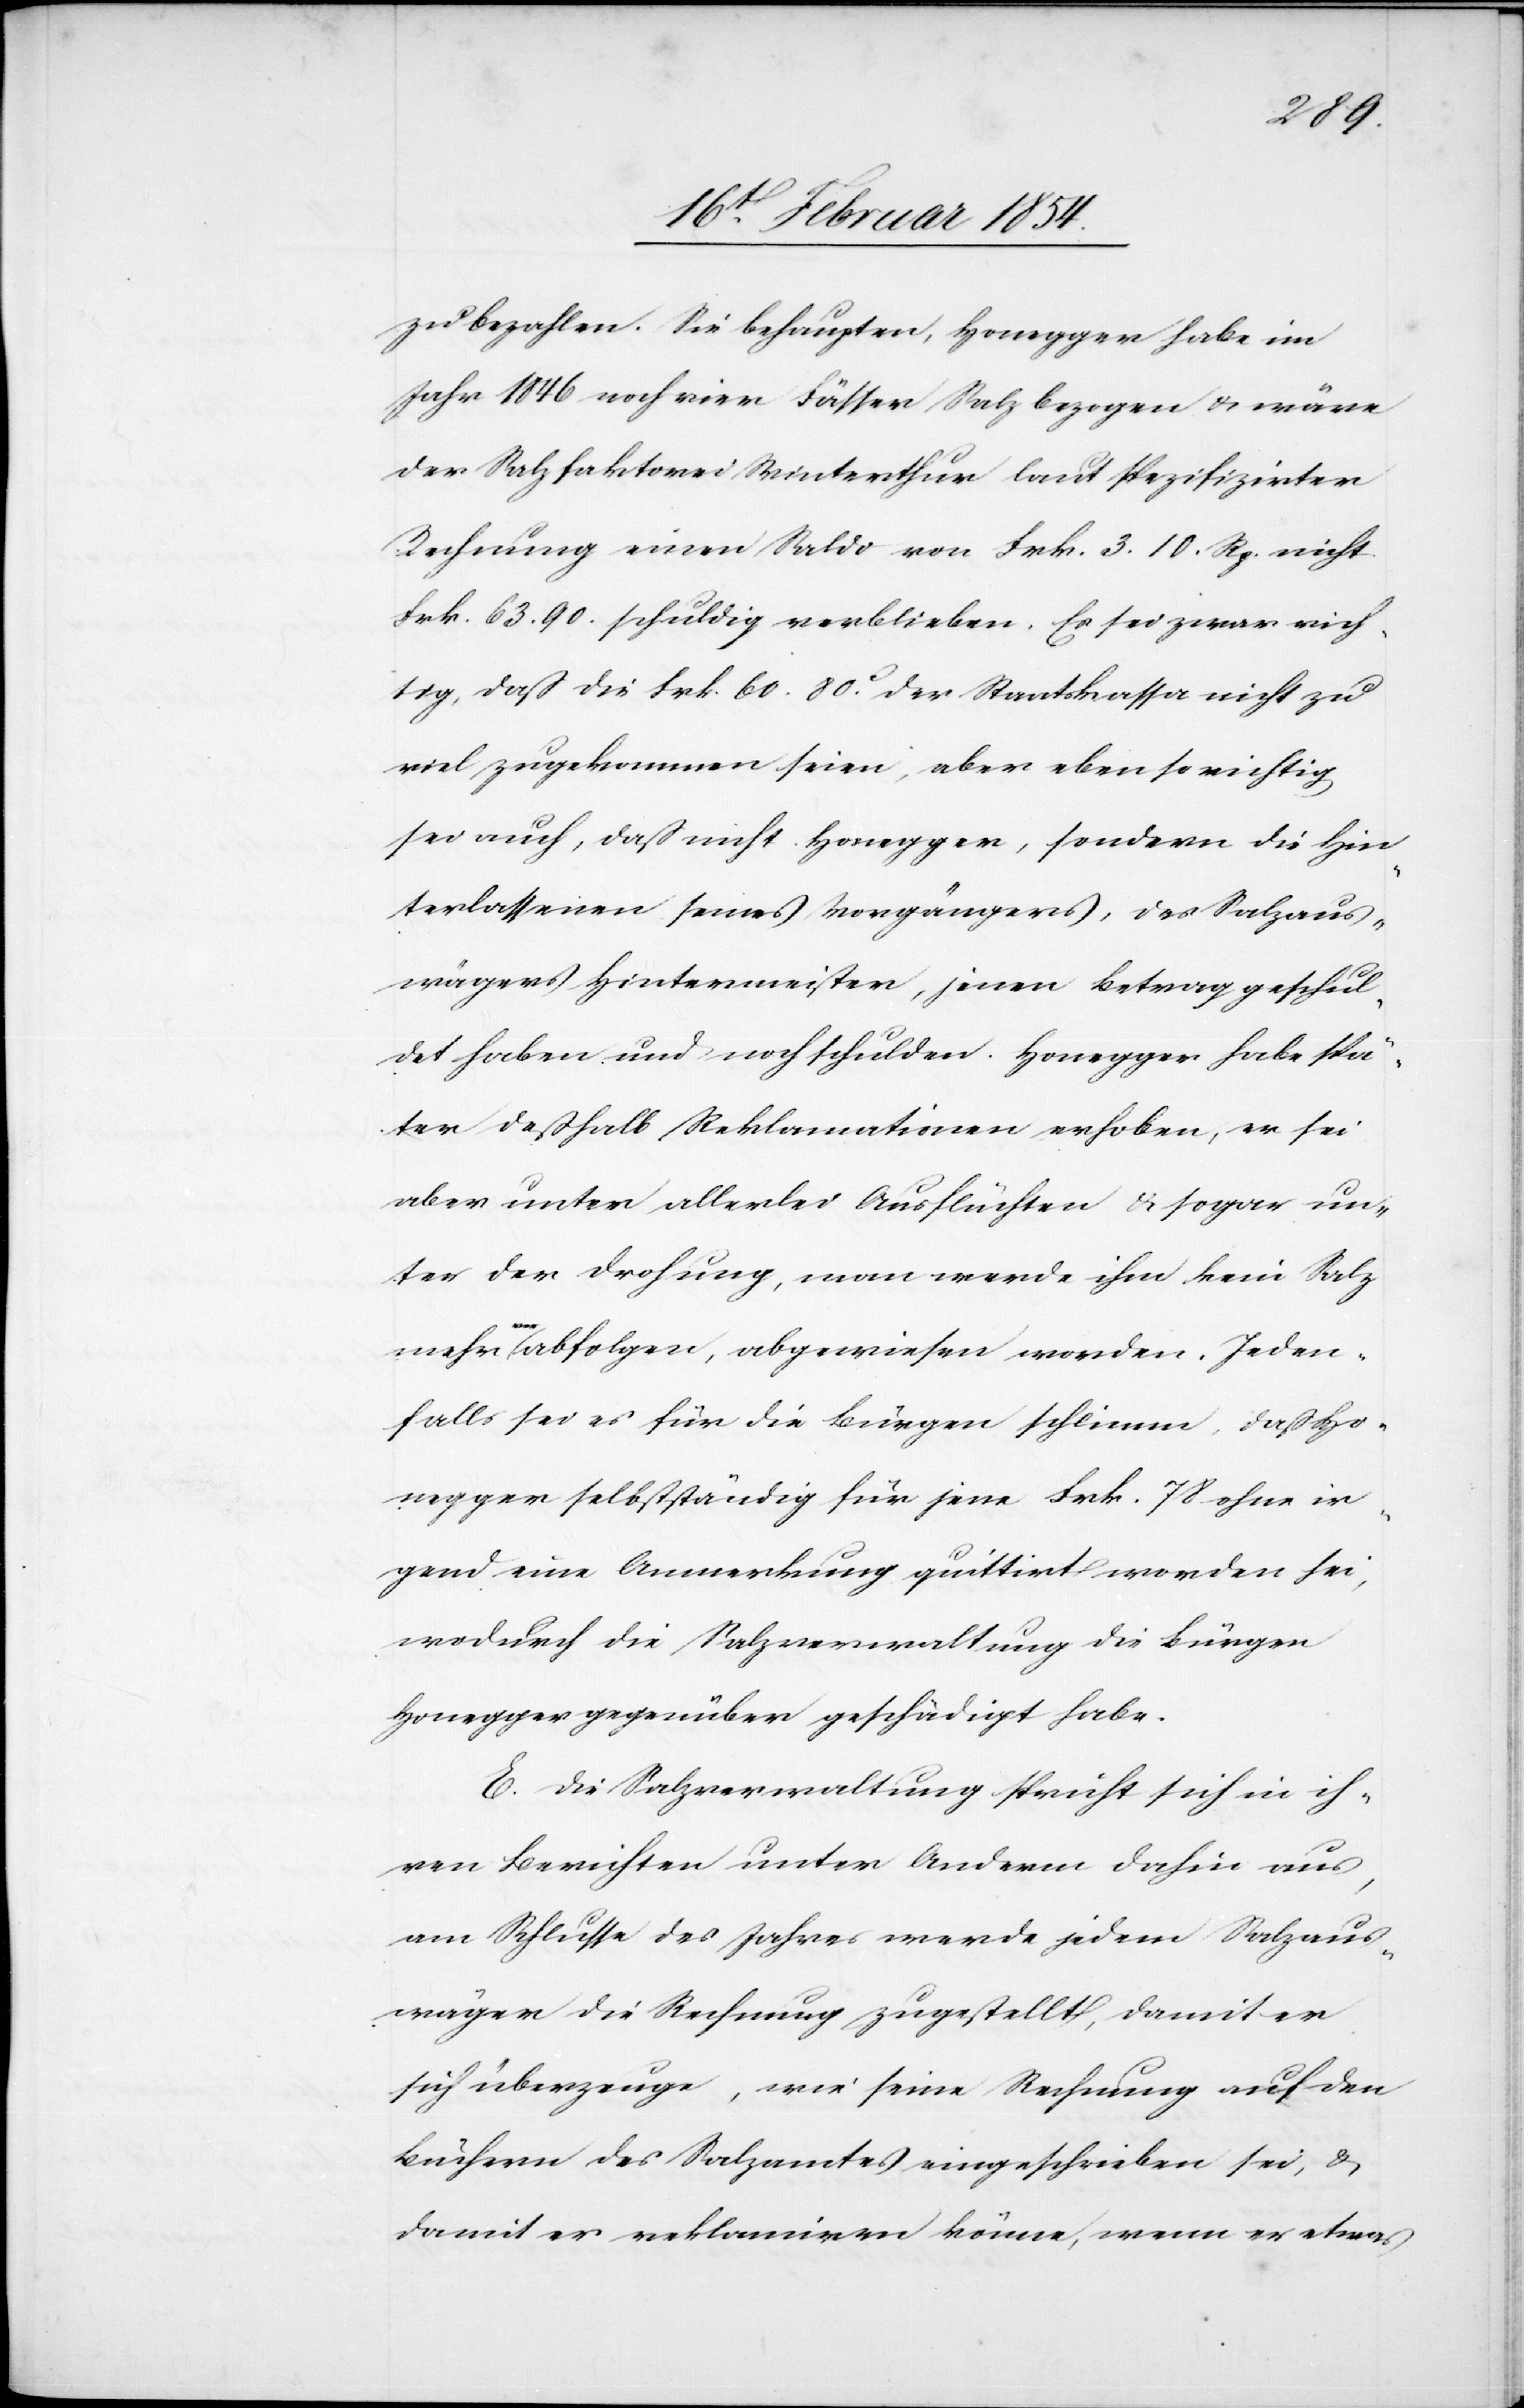
zubezahlen. Sie behaupten, Honegger habe im
Jahr 1846 noch vier Fässer salz bezogen u. wäre
der Salzfaktorei Winterthur laut spezifizirter
Rechnung einen Saldo von Frk. 3.10. Rp. nicht
Frk. 63.90. schuldig verblieben. Es sei zwar rich¬
tig, daß die Frk. 60.80c der Staatskassa nicht zu
viel zugekommen seien, aber eben so richtig
sei auch, daß nicht Honegger, sondern die Hin¬
terlassenen seines Vorgängers, des Salzaus¬
wägers Hintermeister, jenen Betrag geschul¬
det haben und noch schulden. Honegger habe spä¬
ter deßhalb Reklamationen erhoben, er sei
aber unter allerlei Ausflüchten & sogar un¬
ter der Drohung, man werde ihm kein Salz
mehr a-ver-aabfolgen, abgewiesen worden. Jeden¬
falls sei es für die Bürgen schlimm, daß Ho¬
negger selbstständig für jene Frk. 78. ohne ir¬
gend eine Anmerkung quittirt worden sei,
wodurch die Salzverwaltung die Bürgen
Honegger gegenüber geschädigt habe.
E. Die Salzverwaltung spricht sich in ih¬
ren Berichten unter Anderm dahin aus,
am Schlusse des Jahres werde jedem Salzaus¬
wäger die Rechnung zugestellt, damit er
sich überzeuge, wie seine Rechnung auf den
Büchern des Salzamtes eingeschrieben sei, &
damit er reklamiren könne, wenn er etwas